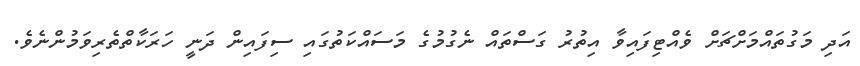
އަދި މަގުތައްމަށްޗަށް ވެއްޓިފައިވާ އިތުރު ގަސްތައް ނެގުމުގެ މަސައްކަތުގައި ސިފައިން ދަނީ ހަރަކާތްތެރިވަމުންނެވެ.